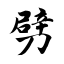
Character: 劈